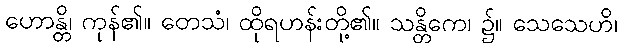
ဟောန္တိ၊ ကုန်၏။ တေသံ၊ ထိုရဟန်းတို့၏။ သန္တိကေ၊ ၌။ သေသေဟိ၊